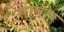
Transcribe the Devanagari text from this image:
सापोर